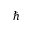
\hbar